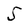
Character: 5